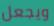
ويجعل